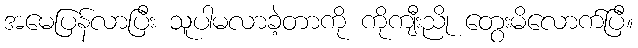
အမေပြန်လာပြီး သူပါမလာခဲ့တာကို ကိုကျီးညို တွေးမိလောက်ပြီ။